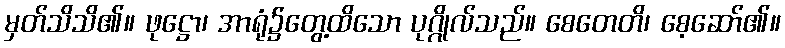
မှတ်သိသိ၏။ ဖုဋ္ဌော၊ အာရုံ၌တွေ့ထိသော ပုဂ္ဂိုလ်သည်။ စေတေတိ၊ စေ့ဆော်၏။